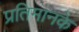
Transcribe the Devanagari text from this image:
प्रतिमानके